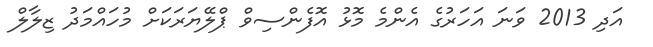
އަދި 2013 ވަނަ އަހަރުގެ އެންމެ މޮޅު އޮފެންސިވް ޕްލޭޔަރަކަށް މުހައްމަދު ޒިލާލް